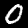
Digit: 0